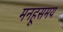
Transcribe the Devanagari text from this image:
मनहूसमय